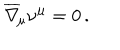
\overline { { \nabla } } _ { \! \mu } \nu ^ { \mu } = 0 \, .